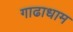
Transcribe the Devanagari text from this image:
गाढाधाम